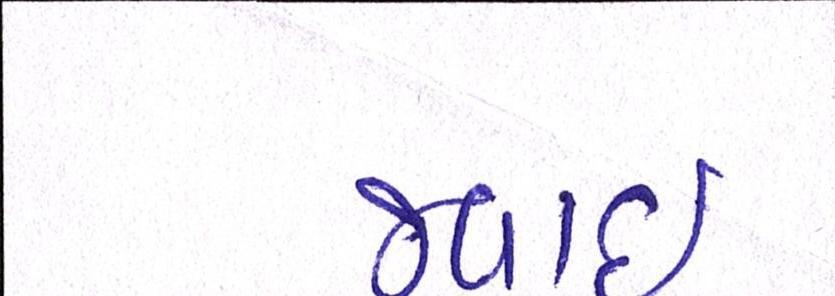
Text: જવાઇ